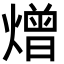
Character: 熷